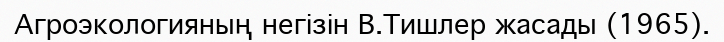
Агроэкологияның негізін В.Тишлер жасады (1965).